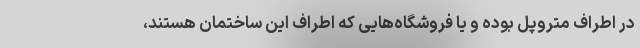
در اطراف متروپل بوده و یا فروشگاه‌هایی که اطراف این ساختمان هستند،